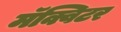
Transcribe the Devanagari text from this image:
मॅक्विटर